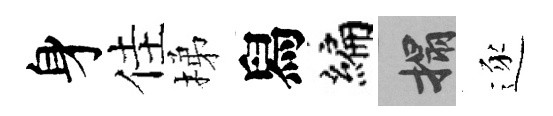
身佳梯舄编搨逐